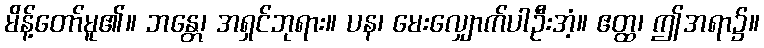
မိန့်တော်မူ၏။ ဘန္တေ၊ အရှင်ဘုရား။ ပန၊ မေးလျှောက်ပါဦးအံ့။ ဧတ္ထ၊ ဤအရာ၌။